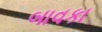
બાવકા